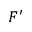
F ^ { \prime }